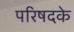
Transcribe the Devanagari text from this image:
परिषदके